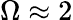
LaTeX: \Omega\approx 2